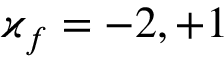
\varkappa _ { f } = - 2 , + 1